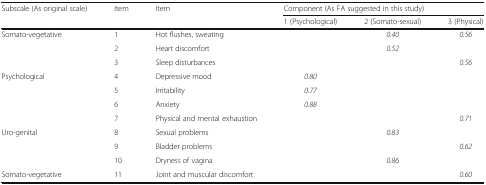
| <ROWSPAN=2> Subscale (As original scale) | <ROWSPAN=2> Item | <ROWSPAN=2> Item | <COLSPAN=3> Component (As FA suggested in this study) |
 | 1 (Psychological) | 2 (Somato-sexual) | 3 (Physical) |
 | --- | --- | --- | --- | --- | --- |
 | <ROWSPAN=3> Somato-vegetative | 1 | Hot flushes, sweating |  | 0.40 | 0.56 |
 | 2 | Heart discomfort |  | 0.52 |  |
 | 3 | Sleep disturbances |  |  | 0.56 |
 | <ROWSPAN=4> Psychological | 4 | Depressive mood | 0.80 |  |  |
 | 5 | Irritability | 0.77 |  |  |
 | 6 | Anxiety | 0.88 |  |  |
 | 7 | Physical and mental exhaustion |  |  | 0.71 |
 | <ROWSPAN=3> Uro-genital | 8 | Sexual problems |  | 0.83 |  |
 | 9 | Bladder problems |  |  | 0.62 |
 | 10 | Dryness of vagina |  | 0.86 |  |
 | Somato-vegetative | 11 | Joint and muscular discomfort |  |  | 0.60 |